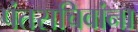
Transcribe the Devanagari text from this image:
पंतसचिवांना